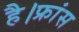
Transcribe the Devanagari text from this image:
है।फ्रांस